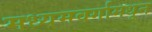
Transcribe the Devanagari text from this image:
मध्यमवर्गामधून